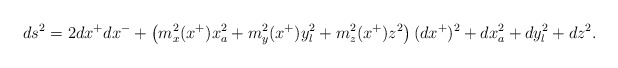
\begin{align*}ds^2=2dx^{+}dx^{-}+\left(m^{2}_{x}(x^{+}) x_{a}^{2}+m_{y}^{2} (x^{+}) y_{l}^2+m_{z}^2(x^{+})z^2\right)(dx^{+})^2+ dx_{a}^{2}+ dy_{l}^{2}+ dz^2.\end{align*}